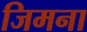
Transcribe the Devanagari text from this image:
जिमना